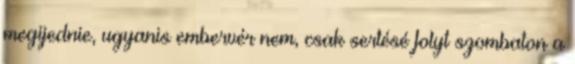
megijednie, ugyanis embervér nem, csak sertésé folyt szombaton a